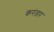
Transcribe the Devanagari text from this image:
करंतार